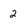
Character: 2